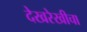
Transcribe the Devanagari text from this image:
देखरेखीचा